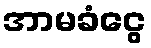
အာမခံငွေ